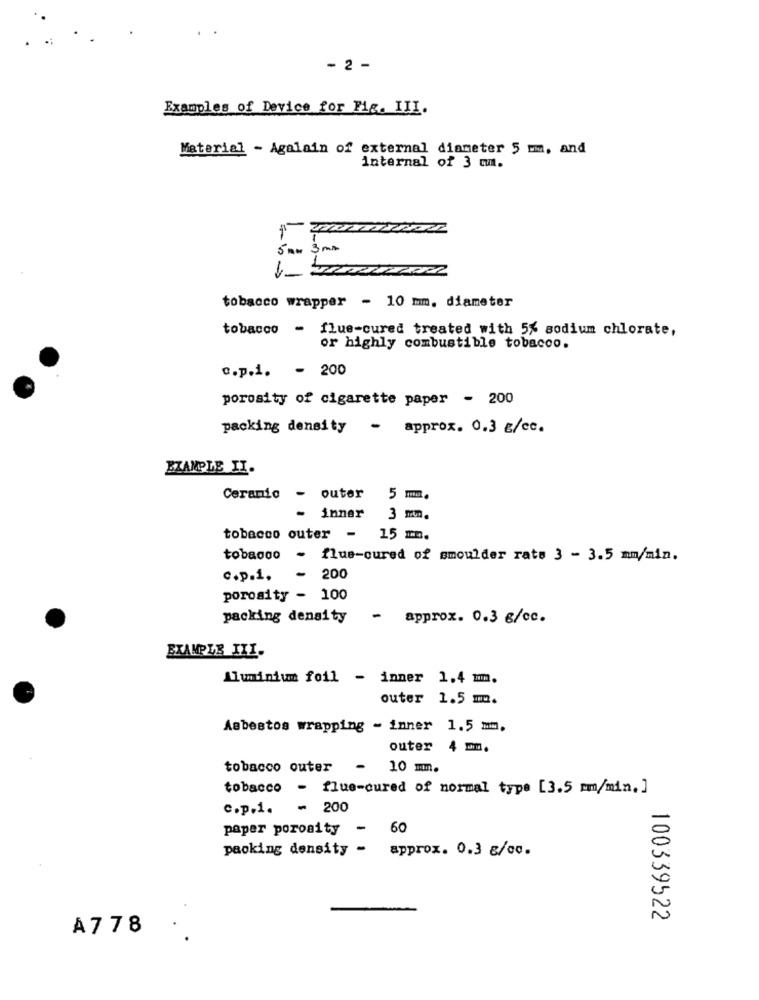
- 2 -
Examples of Device for Fig. III.
Material - Agalain of external diameter 5 mm, and
internal of 3 m.
5 am 3 mm
tobacco wrapper - 10 mm. diameter
tobacco - flue-cured treated with 5% sodium chlorate,
or highly combustible tobacco.
c.p.i. - 200
porosity of cigarette paper - 200
packing density - approx. 0.3 g/ce.
EXAMPLE II.
Ceramic - outer 5 mm.
- inner 3 mm.
tobacco outer - 15 mm.
tobacco - flue-cured of smoulder rate 3 - 3.5 mm/min.
c.p.i.
- 200
porosity - 100
packing density
-
approx. 0.3 g/cc.
Aluminium foil - inner 1.4 mm.
outer 1.5 m.
Asbestos wrapping - inner 1.5 mm.
outer 4 mm.
tobacco outer
- 10 mm.
tobacco - flue-cured of normal type [3.5 mm/min. ]
c.p.1.
- 200
paper porosity -
60
packing density - approx. 0.3 g/co.
100339522
A778